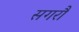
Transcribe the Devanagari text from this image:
सगरौ